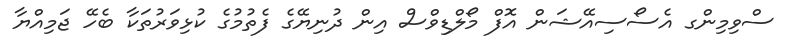
ސްވިމިންގ އެސޯސިއޭޝަން އޮފް މޯލްޑިވްސް އިން ދުނިޔޭގެ ފެތުމުގެ ކުޅިވަރުތަކާ ބެހޭ ޖަމިއްޔާ